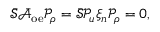
\bar { \mathcal { S } } \bar { \mathcal { A } } _ { \mathrm { o e } } \mathcal { P } _ { \rho } = \bar { \mathcal { S } } \mathcal { P } _ { u } \xi _ { n } \mathcal { P } _ { \rho } = 0 ,